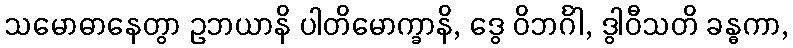
သမောဓာနေတွာ ဥဘယာနိ ပါတိမောက္ခာနိ, ဒွေ ဝိဘင်္ဂါ, ဒွါဝီသတိ ခန္ဓကာ,